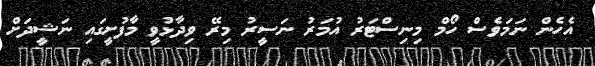
އެހެން ނަމަވެސް ހޯމް މިނިސްޓަރު އުމަރު ނަސީރު މިރޭ ވިދާޅުވީ މާފުށީގައި ނަޝީދަށް